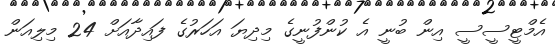
އެމްޓީސީސީ އިން ބުނީ އެ ކުންފުނީގެ މިދިޔަ އަހަރުގެ ފައިދާއަށް 24 މިލިއަން